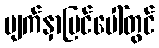
မျက်နှာပြင်ပေါ်တွင်